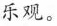
乐观。